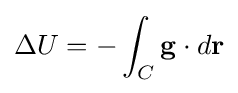
\Delta U=-\int _{C}\mathbf {g} \cdot d\mathbf {r} \,\!